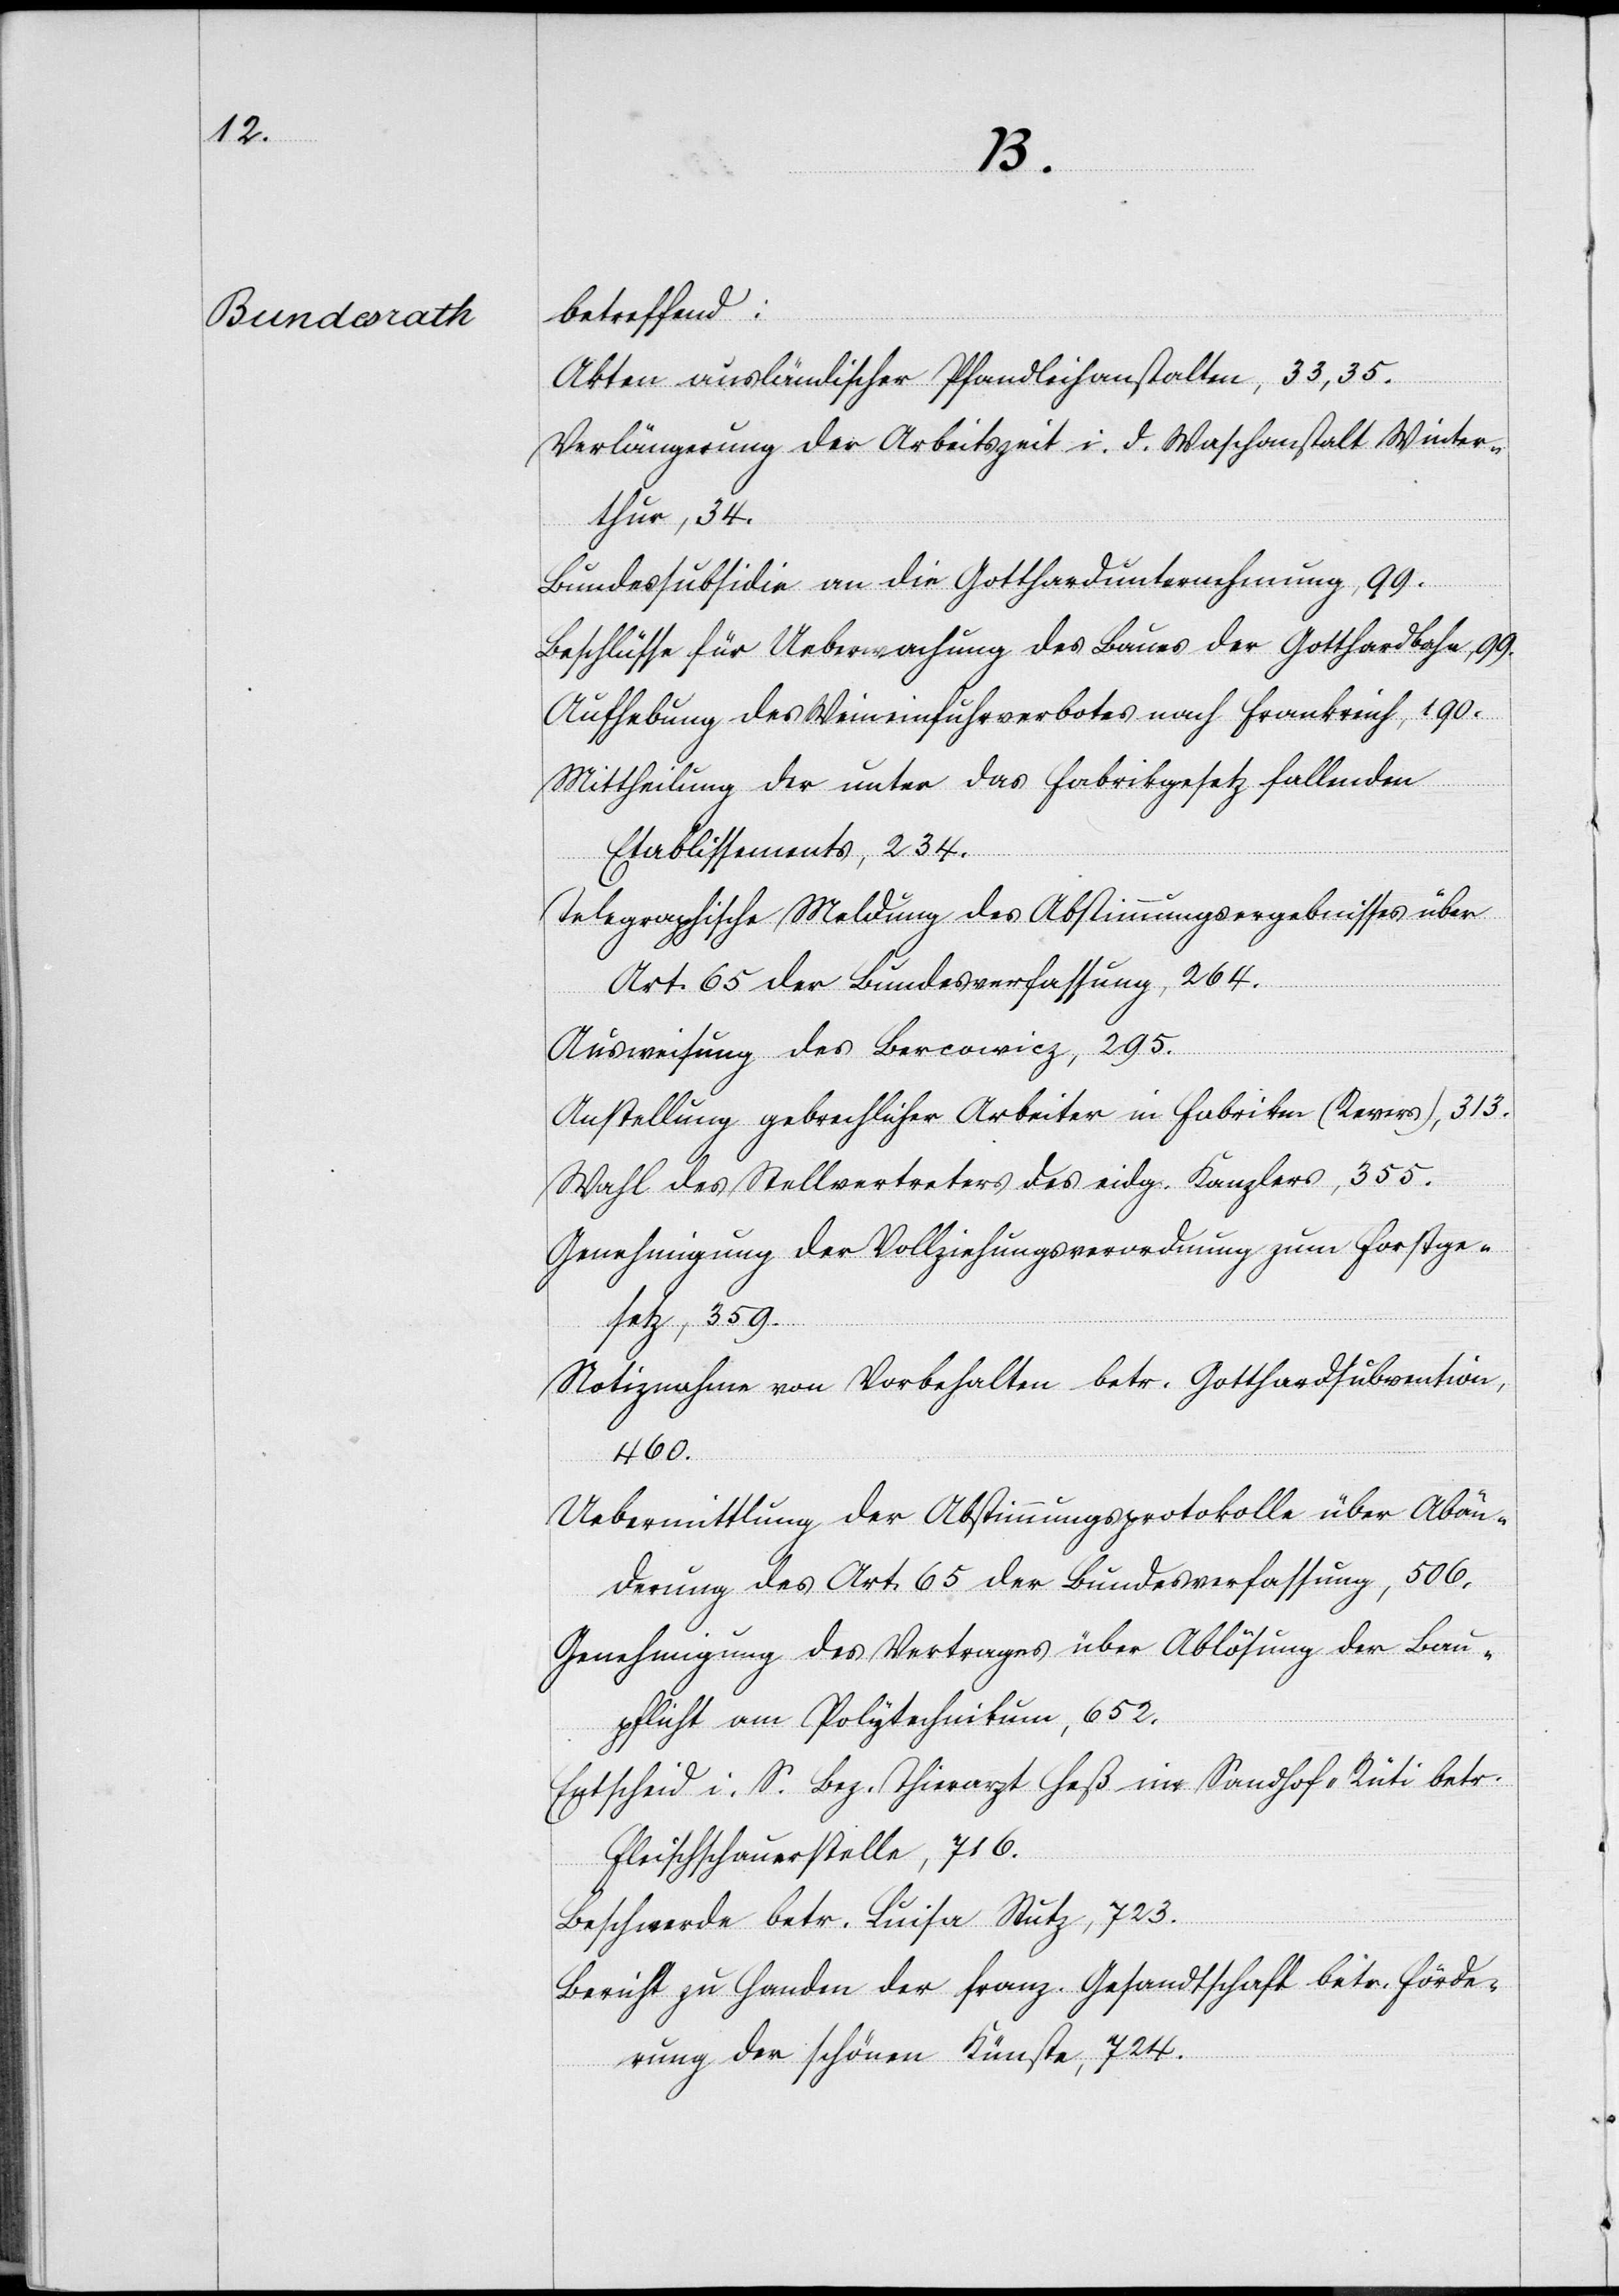
4.
sen.